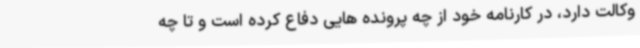
وکالت دارد، در کارنامه خود از چه پرونده هایی دفاع کرده است و تا چه